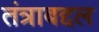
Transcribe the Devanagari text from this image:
तंत्राबद्दल